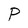
Character: P